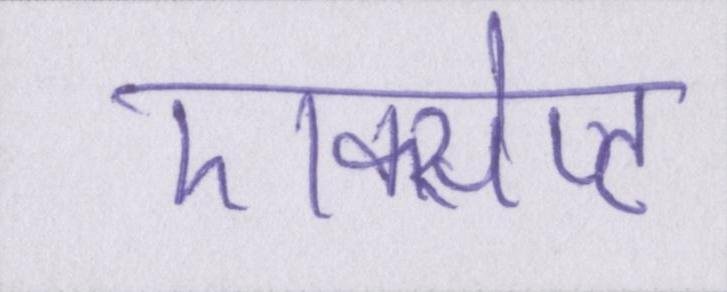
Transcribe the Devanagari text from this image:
एक्सेप्ट